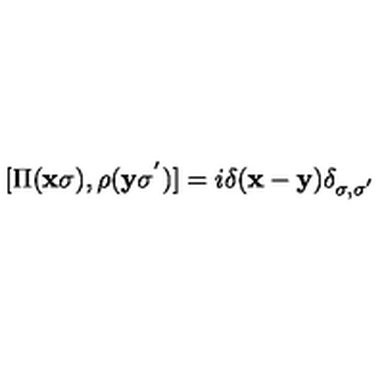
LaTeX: [ \Pi ( { \bf { x } } \sigma ) , \rho ( { \bf { y } } \sigma ^ { ' } ) ] = i \mathrm { } \delta ( { \bf { x } } - { \bf { y } } ) \delta _ { \sigma , \sigma ^ { ' } }